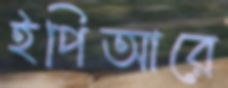
ইপিআরে